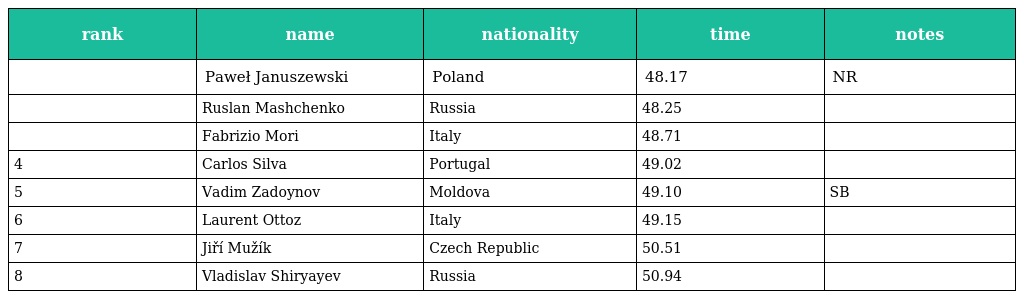
| rank | name | nationality | time | notes |
 | --- | --- | --- | --- | --- |
 |  | Paweł Januszewski | Poland | 48.17 | NR |
 |  | Ruslan Mashchenko | Russia | 48.25 |  |
 |  | Fabrizio Mori | Italy | 48.71 |  |
 | 4 | Carlos Silva | Portugal | 49.02 |  |
 | 5 | Vadim Zadoynov | Moldova | 49.10 | SB |
 | 6 | Laurent Ottoz | Italy | 49.15 |  |
 | 7 | Jiří Mužík | Czech Republic | 50.51 |  |
 | 8 | Vladislav Shiryayev | Russia | 50.94 |  |